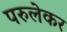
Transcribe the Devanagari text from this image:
परुलेकर